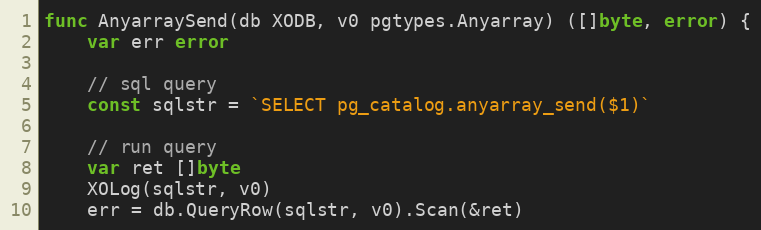
Language: Go
func AnyarraySend(db XODB, v0 pgtypes.Anyarray) ([]byte, error) {
	var err error

	// sql query
	const sqlstr = `SELECT pg_catalog.anyarray_send($1)`

	// run query
	var ret []byte
	XOLog(sqlstr, v0)
	err = db.QueryRow(sqlstr, v0).Scan(&ret)